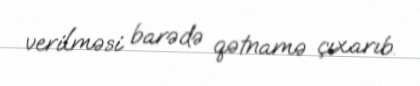
verilməsi barədə qətnamə çıxarıb.